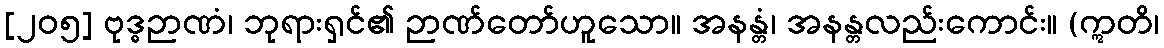
[၂၀၅] ဗုဒ္ဓဉာဏံ၊ ဘုရားရှင်၏ ဉာဏ်တော်ဟူသော။ အနန္တံ၊ အနန္တလည်းကောင်း။ (ဣတိ၊